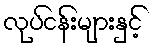
လုပ်ငန်းများနှင့်